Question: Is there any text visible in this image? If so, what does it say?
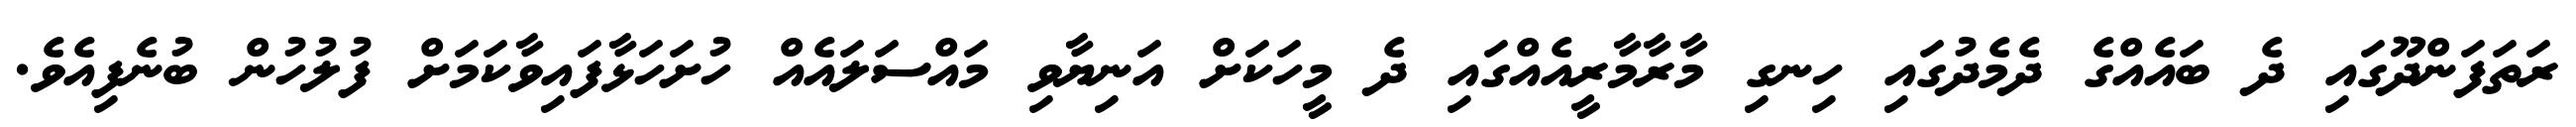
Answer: ރަތަފަންދޫގައި ދެ ބައެއްގެ ދެމެދުގައި ހިނގި މާރާމާރީއެއްގައި ދެ މީހަކަށް އަނިޔާވި މައްސަލައެއް ހުށަހަޅާފައިވާކަމަށް ފުލުހުން ބުނެފިއެވެ.